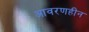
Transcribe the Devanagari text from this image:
आवरणहीन